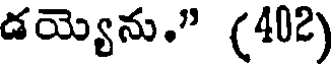
డయ్యెను." (402)